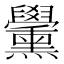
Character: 𦧀